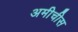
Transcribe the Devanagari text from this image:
अमीचीस